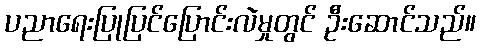
ပညာရေးပြုပြင်ပြောင်းလဲမှုတွင် ဦးဆောင်သည်။